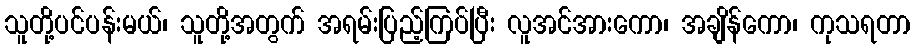
သူတို့ပင်ပန်းမယ်၊ သူတို့အတွက် အရမ်းပြည့်ကြပ်ပြီး လူအင်အားကော၊ အချိန်ကော၊ ကုသရတာ